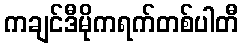
ကချင်ဒီမိုကရက်တစ်ပါတီ